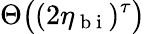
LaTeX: \Theta\big((2\eta_{\mathrm{~b~i~}})^{\tau}\big)